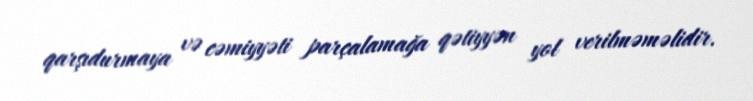
qarşıdurmaya və cəmiyyəti parçalamağa qətiyyən yol verilməməlidir.